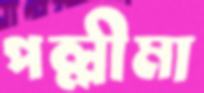
পল্লীমা